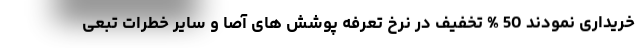
خریداری نمودند 50 % تخفیف در نرخ تعرفه پوشش های آصا و سایر خطرات تبعی